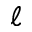
\ell